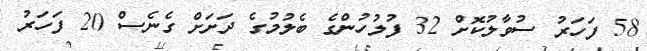
58 ފަހަރު ސުވާލުކޮށް 32 ފުލުހުންގެ ބެލުމުގެ ދަށަށް ގެނެސް 20 ފަހަރު